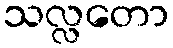
သလ္လတော